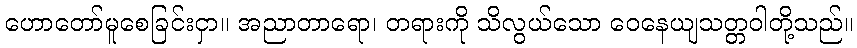
ဟောတော်မူစေခြင်းငှာ။ အညာတာရော၊ တရားကို သိလွယ်သော ဝေနေယျသတ္တဝါတို့သည်။